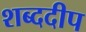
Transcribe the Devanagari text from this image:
शब्ददीप